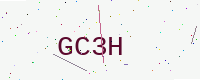
Text: GC3H